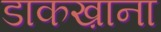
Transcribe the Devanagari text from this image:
डाकख़ाना